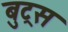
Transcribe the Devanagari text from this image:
बुट्रस